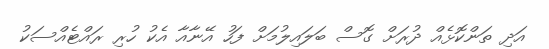
އަދި ތަންކޮޅެއް ދުރަށް ގޮސް ބަލައިލުމަށް ފަހު އޭނާއާ އެކު ހުރި ރައްޓެއްސަކު